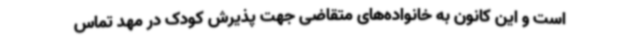
است و این کانون به خانواده‌های متقاضی جهت پذیرش کودک در مهد تماس